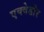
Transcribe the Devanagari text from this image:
एक्वेडोर